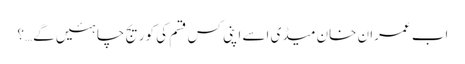
اَب عمران خان میڈی اسے اپنی کس قسم کی کوریج چاہئیں گے…؟